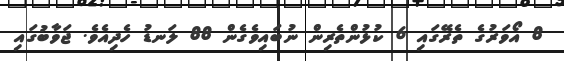
8 އޯވަރުގެ ތެރޭގައި 6 ކުޅުންތެރިން ނުބައިވެގެން 88 ލަނޑު ހެދިއެވެ. ޖަވާބުގައި